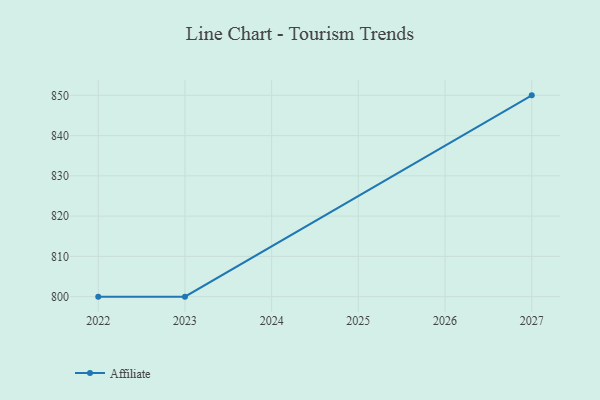
{"axis": {"x": "Year", "y": "Page Views"}, "legend": ["Affiliate"], "data": [{"x": "2027", "y": 850.0, "type": "Affiliate"}, {"x": "2023", "y": 800, "type": "Affiliate"}, {"x": "2022", "y": 800, "type": "Affiliate"}]}